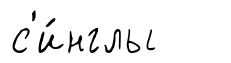
с'и́нглы